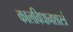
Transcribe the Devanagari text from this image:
कालविधानशास्त्रं